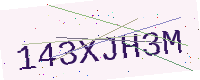
Text: 143XJH3M